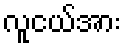
လူငယ်အား